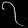
Digit: ၇